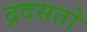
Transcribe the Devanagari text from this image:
द्रदसतो